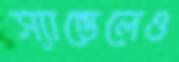
স্যান্ডেলেও